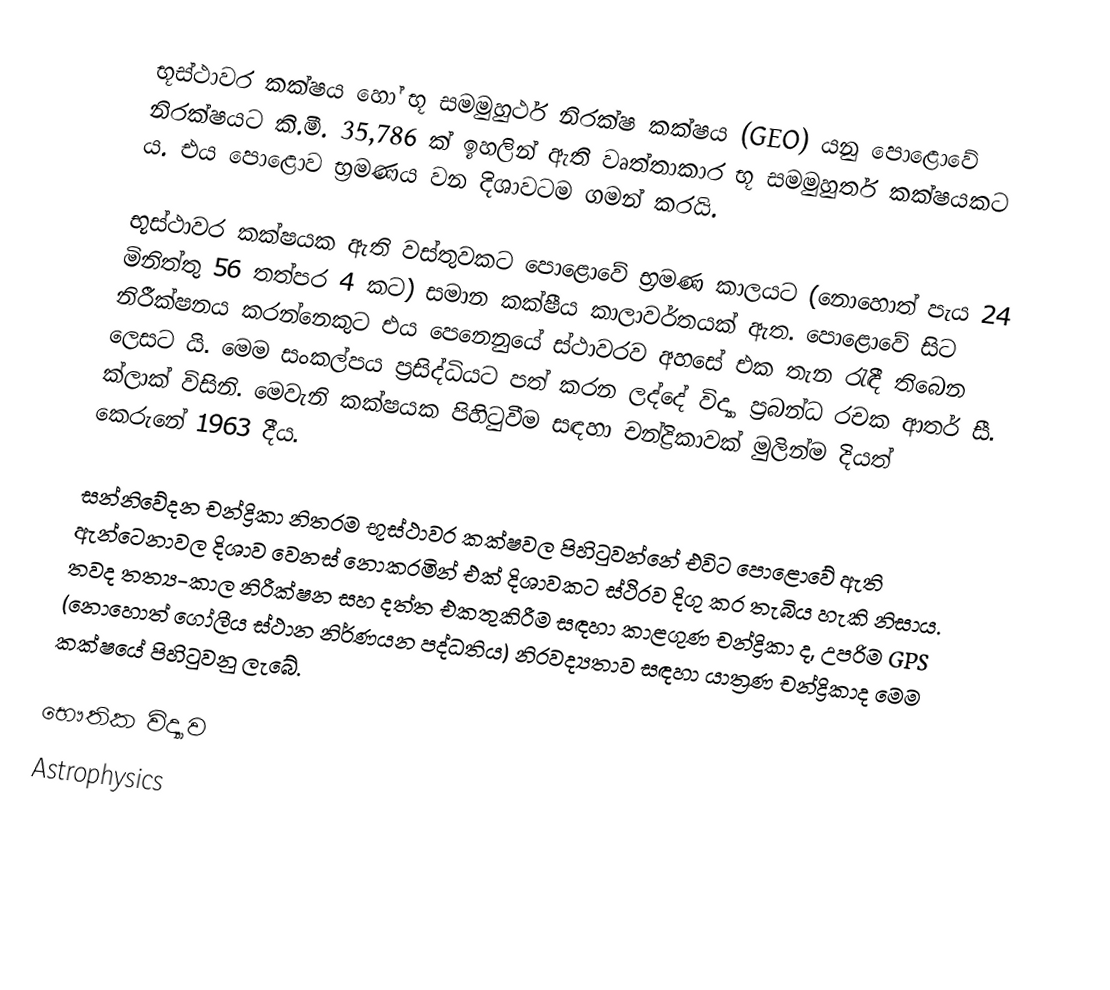
භූස්ථාවර කක්ෂය හෝ භූ සමමුහුර්ථ නිරක්ෂ කක්ෂය (GEO) යනු පොළොවේ නිරක්ෂයට කි.මී. 35,786 ක් ඉහලින් ඇති වෘත්තාකාර භූ සමමුහුර්ත කක්ෂයකට ය. එය පොළොව භ්‍රමණය වන දිශාවටම ගමන් කරයි.

භූස්ථාවර කක්ෂයක ඇති වස්තුවකට පොළොවේ භ්‍රමණ කාලයට (නොහොත් පැය 24 මිනිත්තු 56 තත්පර 4 කට) සමාන කක්ෂීය කාලාවර්තයක් ඇත. පොළොවේ සිට නිරීක්ෂනය කරන්නෙකුට එය පෙනෙනුයේ ස්ථාවරව අහසේ එක තැන රැඳී තිබෙන ලෙසට යි. මෙම සංකල්පය ප්‍රසිද්ධියට පත් කරන ලද්දේ විද්‍යා ප්‍රබන්ධ රචක ආතර් සී. ක්ලාක් විසිනි. මෙවැනි කක්ෂයක පිහිටුවීම සඳහා චන්ද්‍රිකාවක් මුලින්ම දියත් කෙරුනේ 1963 දීය.

සන්නිවේදන චන්ද්‍රිකා නිතරම භූස්ථාවර කක්ෂවල පිහිටුවන්නේ එවිට පොළොවේ ඇති ඇන්ටෙනාවල දිශාව වෙනස් නොකරමින් එක් දිශාවකට ස්ථිරව දිගු කර තැබිය හැකි නිසාය. තවද තත්‍ය-කාල නිරීක්ෂන සහ දත්ත එකතුකිරීම සඳහා කාළගුණ චන්ද්‍රිකා ද, උපරිම GPS (නොහොත් ගෝලීය ස්ථාන නිර්ණයන පද්ධතිය) නිරවද්‍යතාව සඳහා යාත්‍රණ චන්ද්‍රිකාද මෙම කක්ෂයේ පිහිටුවනු ලැබේ.

භෞතික විද්‍යාව
Astrophysics